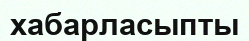
хабарласыпты